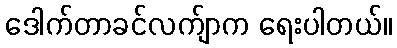
ဒေါက်တာခင်လက်ျာက ရေးပါတယ်။